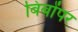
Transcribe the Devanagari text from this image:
बिंबोंपर